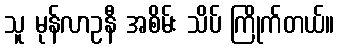
သူ မုန်လာဥနီ အစိမ်း သိပ် ကြိုက်တယ်။